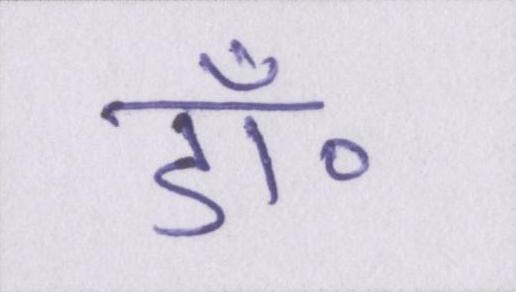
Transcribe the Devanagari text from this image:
डॉ॰